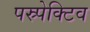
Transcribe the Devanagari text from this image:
पस्र्पेक्टिव